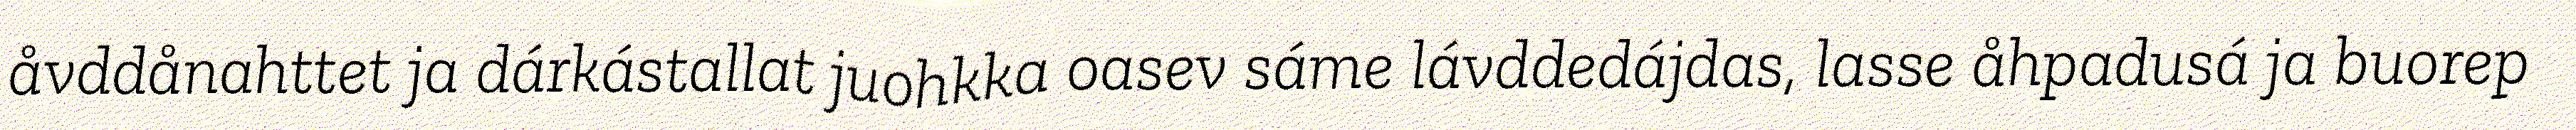
åvddånahttet ja dárkástallat juohkka oasev sáme lávddedájdas, lasse åhpadusá ja buorep